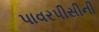
પાવરપીસીની